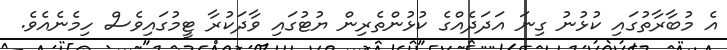
އެ މުބާރާތުގައި ކުޅުނު ގިނަ އަދަދެއްގެ ކުޅުންތެރިން ޔުޓުގައި ވާދަކުރާ ޓީމުގައިވެސް ހިމެނެއެވެ.